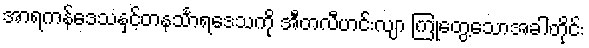
အာရကန်ဒေသနှင့်တနင်္သာရဒေသကို အီတလီဟင်းလျာ ကြုံတွေ့သောအခါတိုင်း